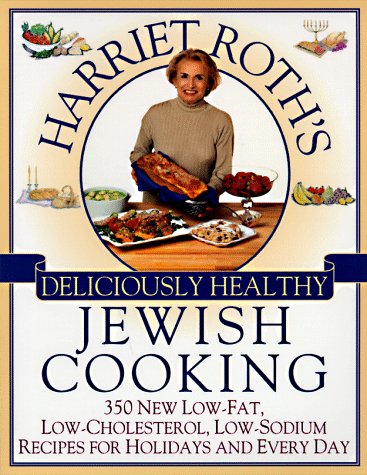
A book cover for Harriet Roth's Deliciously Healthy Jewish Cooking: 350 New Low-Fat, Low-Cholesterol, Low-Sodium Recipes for Holidays and Every; Harriet Roth; Cookbooks, Food & Wine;